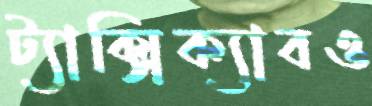
ট্যাক্সিক্যাবও